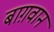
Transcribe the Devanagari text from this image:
बाग़वान